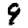
Digit: 9